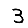
Digit: 3